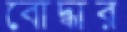
বোদ্ধার